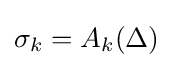
\textstyle \sigma _{k}=A_{k}(\Delta )